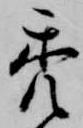
禿